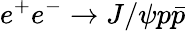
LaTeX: e^{+}e^{-}\to J/\psi p\bar{p}